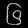
Digit: ၆